Leningradi_Edasi_toimetus, lk 206
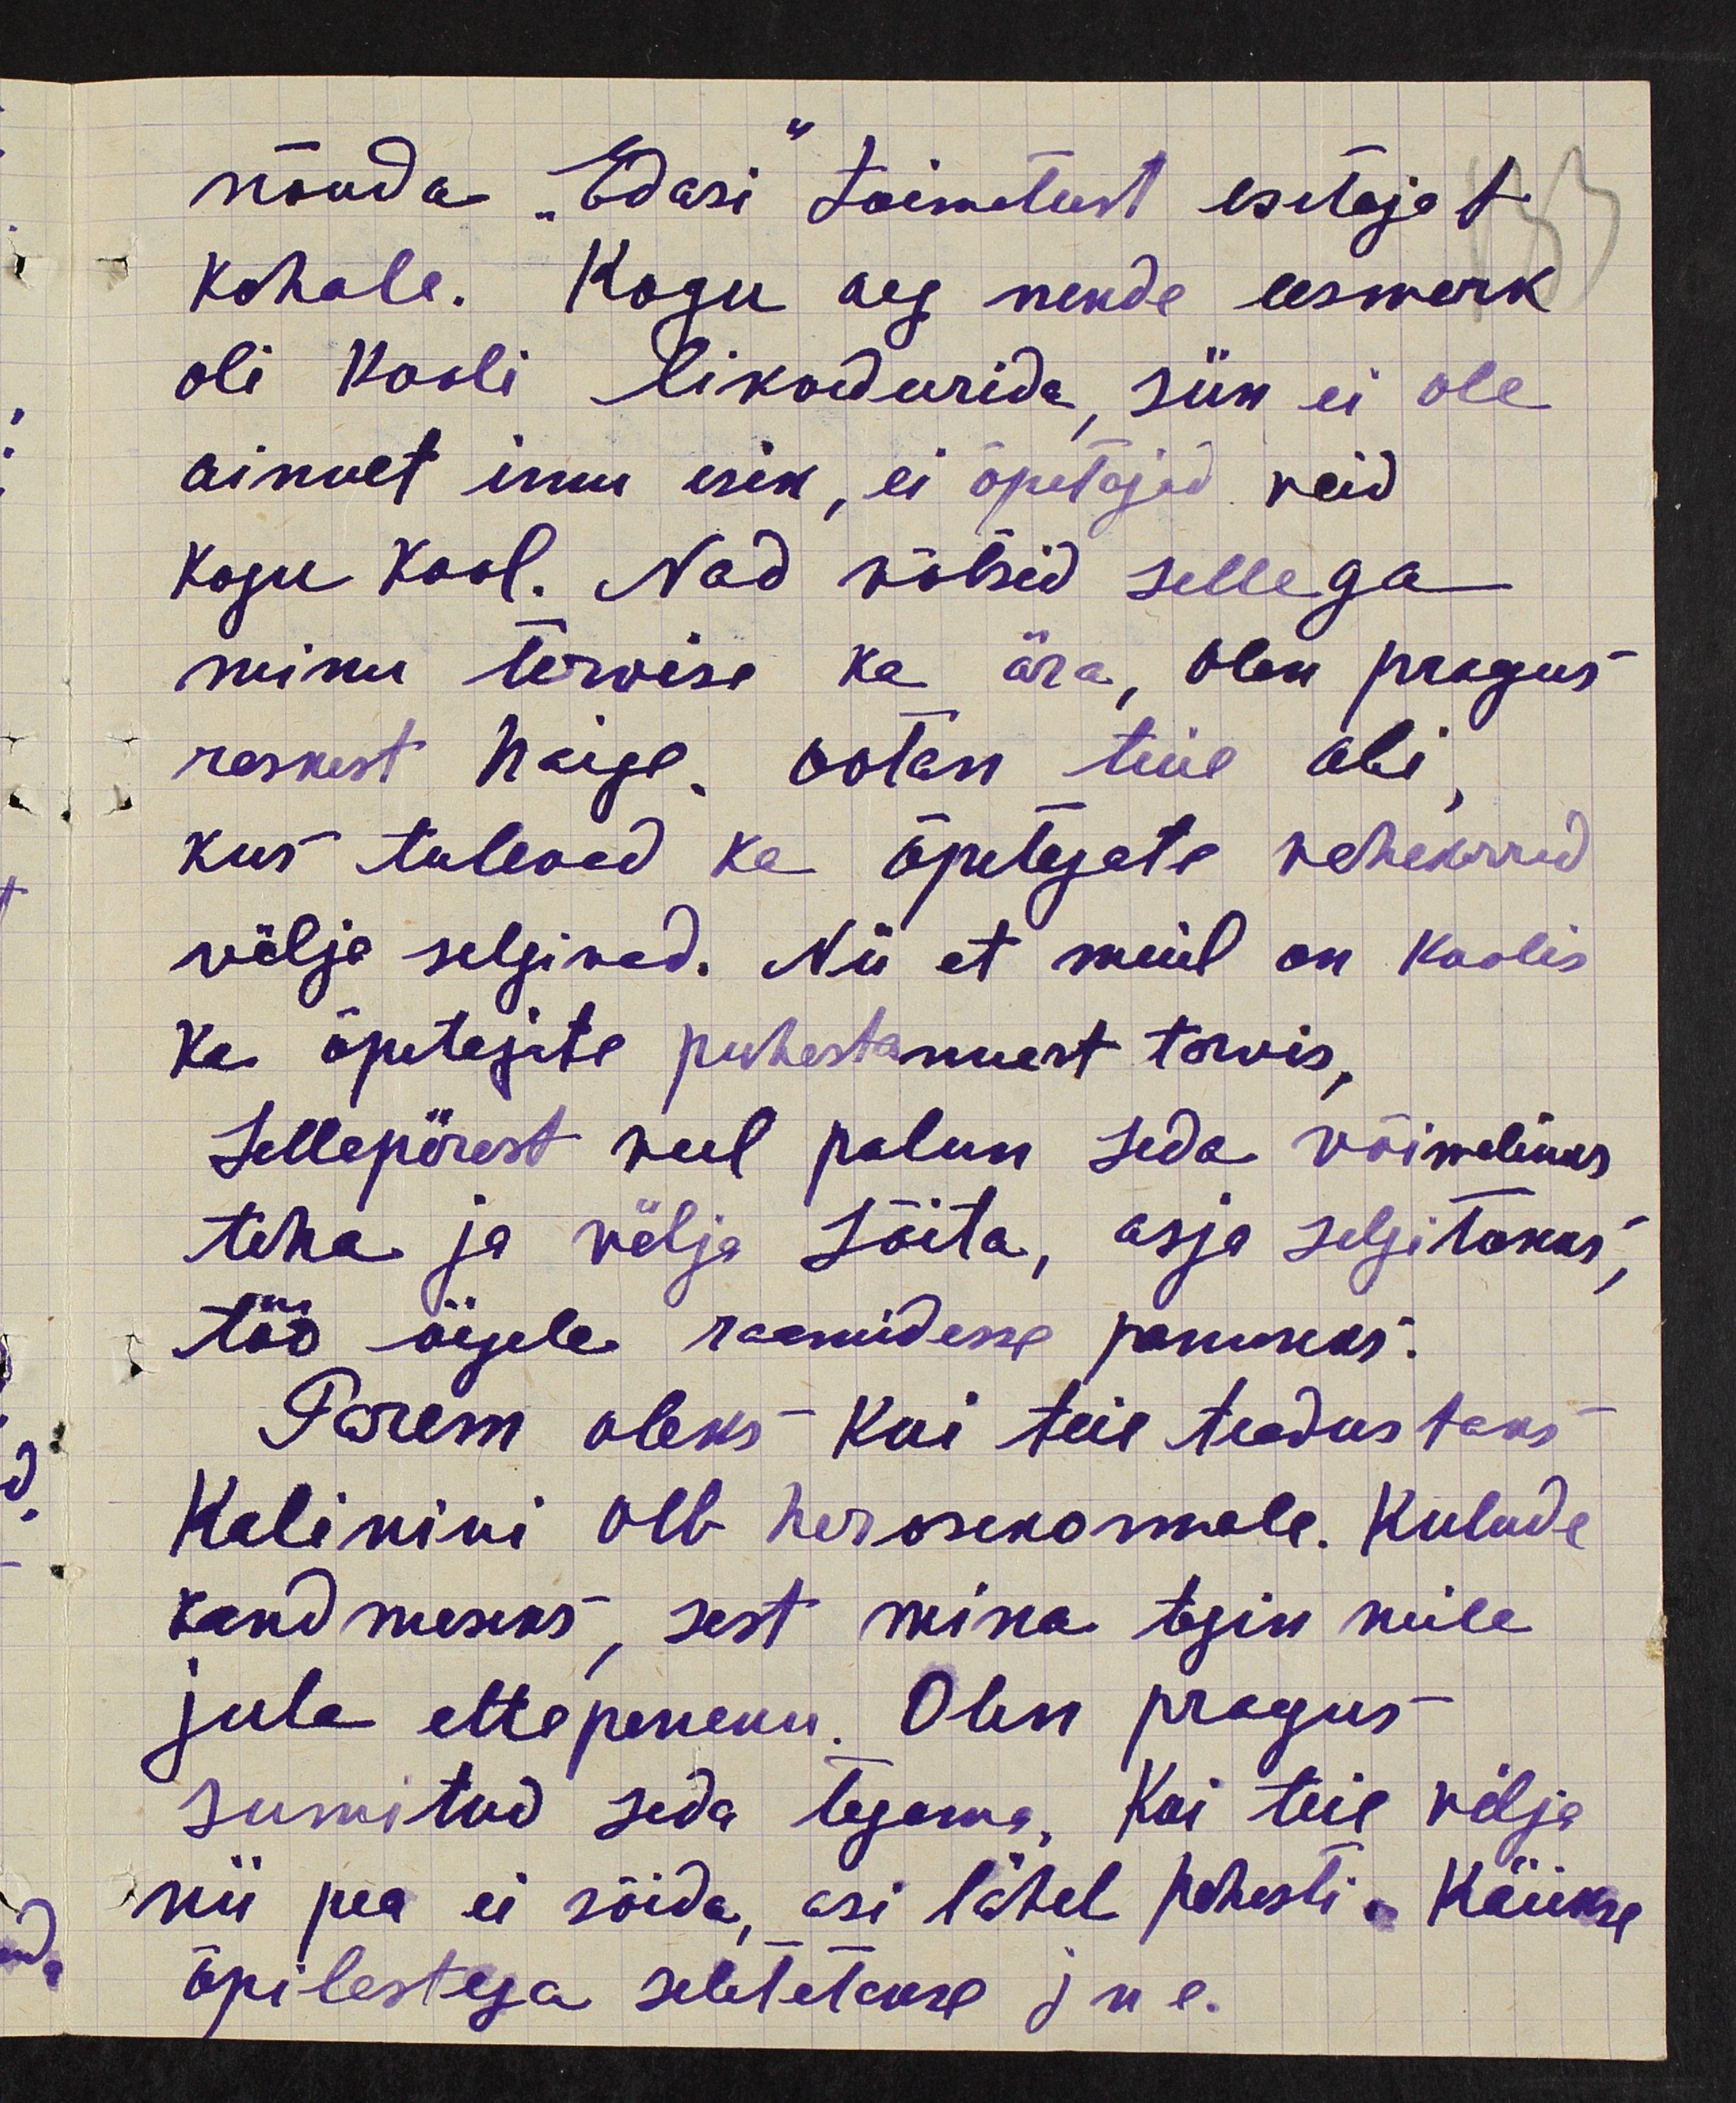
nõuda "Edasi" toimetust esitajat
kohale. Kogu aeg nende eesmerk
oli kooli likvideerida, siin ei ole
ainult imu isik, ei õpetajad neid
kogu kool. Nad võtsid sellega
minu tervise ka ära, olen pragus
raskest haige, ootan teie abi
kus tuleved ka õpetejate vahekorrad
välja selgivad. Nii et meil on koolis
ka õpetajate puhastamust tarvis,
Sellepärast veel palun seda võimalikus
teha ja välja sõita, asja selgitakas,
töö õigele raamidesse panukas.
Parem oleks kui teie teadustaks.
Kalinini olb har osakonnale. Kulude
kandmeseks, sest mina tegin neile
juba ettepeneku. Olen pragus
sumitud seda tegama. Kai teie välja
nii pea ei sõida, asi lähel pahasti. Käiakse
õpilestega seletetakse jne.